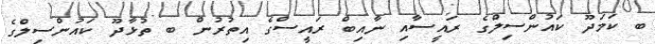
ބ ކަމަދޫ ކައުންސިލްގެ ރައީސާއި ނާއިބް ރައީސްގެ އިތުރުން ބ ތުޅާދޫ ކައުންސިލްގެ